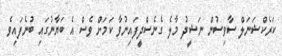
ކަރެކްޝަނަލް ސާވިސުން ނަޝީދު މާލެ ގެނެސްދީފައިނުވާ ކަމަށް ވެސް އެ ބަޔާނުގައި ބުނެފައިވެ